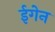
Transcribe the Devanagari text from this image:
ईगेन